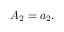
A _ { 2 } = a _ { 2 } .